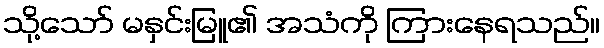
သို့သော် မနှင်းမြူ၏ အသံကို ကြားနေရသည်။